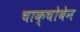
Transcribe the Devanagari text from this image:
चाक्चोबेन